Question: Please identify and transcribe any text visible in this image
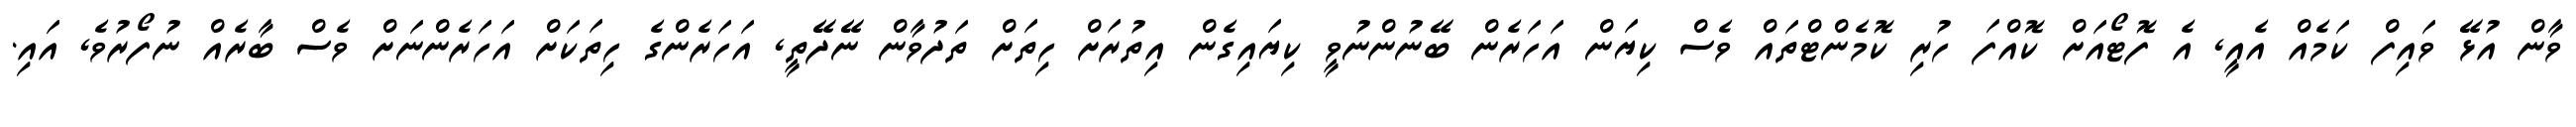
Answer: ވާން އުޅޭ ވައިފް ކަމެއް އެއީ, އެ ފޮޓޯއަށް ކޮއްފަ ހުރި ކޮމެންޓްތައް ވެސް ކިޔަން އަހަރެން ބޭނުންނުވީ ކިޔައިގެން އިތުރަށް ހިތަށް ތަދުވާން ނޭދޭތީ, އަހަރެންގެ ހިތަކަށް އަހަރެންނަށް ވެސް ބާރެއް ނުފޯރުވެ, އައި.